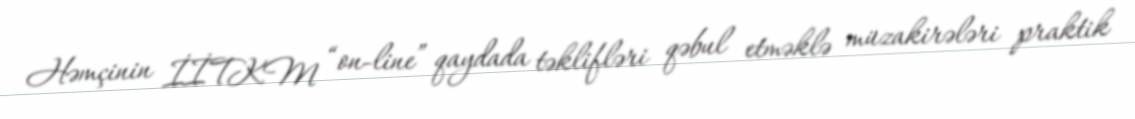
Həmçinin İİTKM “on-line” qaydada təklifləri qəbul etməklə müzakirələri praktik